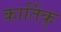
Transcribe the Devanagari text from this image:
कार्तिक्